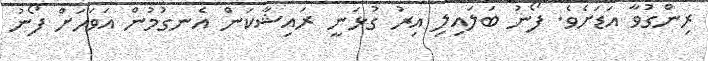
ރިންގުވާ އަޑަށެވެ. ފޯނު ބަލައިލި އިރު ގުޅަނީ ރައިޝާކަން އެނގުމުން އަވަހަށް ފޯނު